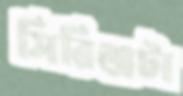
সিরিঞ্জটা